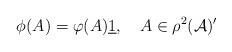
LaTeX: \begin{align*}\phi (A)=\varphi (A)\underline{1},\quad A\in \rho ^{2}(\mathcal{A})^{\prime }\end{align*}